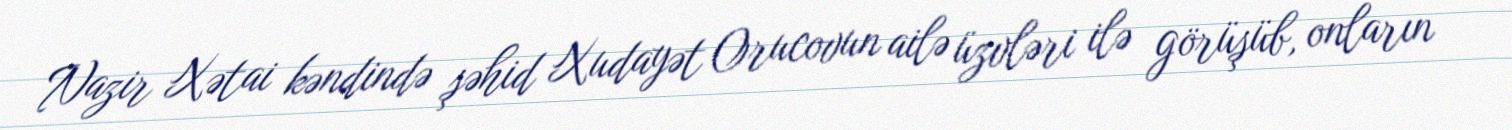
Nazir Xətai kəndində şəhid Xudayət Orucovun ailə üzvləri ilə görüşüb, onların